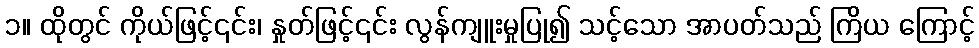
၁။ ထိုတွင် ကိုယ်ဖြင့်၎င်း၊ နှုတ်ဖြင့်၎င်း လွန်ကျူးမှုပြု၍ သင့်သော အာပတ်သည် ကြိယ ကြောင့်